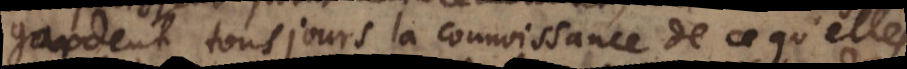
gardent tousjours la connoissance de ce qu’elles